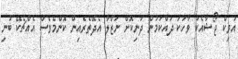
އަވިކް ޖޯޝާއެކު ވާހަކަ ދައްކަމުން ދަނިކޮށް ނަޒްލާ އެދޭތެރެއިން ކޮންމެވެސް އެއްޗެކޭ ބުނި